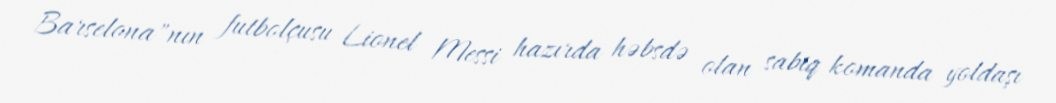
Barselona"nın futbolçusu Lionel Messi hazırda həbsdə olan sabiq komanda yoldaşı